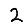
Digit: 2